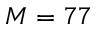
M = 7 7